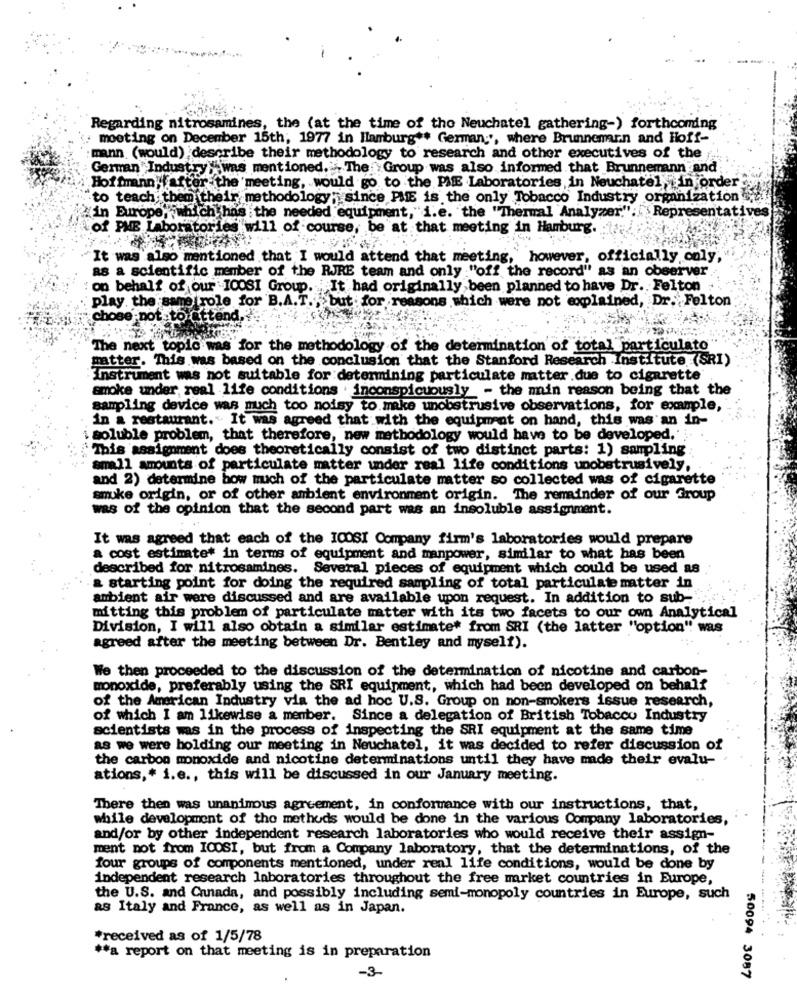
Regarding nitrosamines, the (at the time of tho Neuchatel gathering-) forthcoming
moeting on December 15th; 1977 in Hamburg ** Germany", where Brunnenarn and Hoff-
mann (would) describe their methodology to research and other executives of the
German Industry " was mentioned. The Group was also informed that Brunnemann and
Hoffmann; fafter the meeting, would go to the PME Laboratories in Neuchatel, in order
to teach them their methodology; since PME is the only Tobacco Industry organization
in Europe, which has the needed equipment,"i.e. the "Thermal Analyzer.": ' Representat
of PME Laboratories will of course, be at that meeting in Hamburg.
It was also mentioned that I would attend that meeting, however, officially only,
as a scientific member of the RJRE team and only "off the record" as an observer
on behalf of our ICOSI Group. It had originally been planned to have Dr .. Felton
asons which were not complained, Dr. Felton
play the same role for B.A.T ., but for
chose not to attend.
The next topic was for the methodology of the determination of total particulato"
matter. This was based on the conclusion that the Stanford Research Institute (SRI)
Instrument was not suitable for determining particulate matter.due to cigarette
smoke under, real life conditions . inconspicuously - the min reason being that the
sampling device was much too noisy to make unobstrusive observations, for example,
in a restaurant." It was agreed that with the equipment on hand, this was an in-
soluble problem, that therefore, new methodology would have to be developed."
"This assignment does theoretically consist of two distinct parts: 1) sampling
small amounts of particulate matter under real life conditions unobstrusively,
and 2) determine how much of the particulate matter so collected was of cigarette
smoke origin, or of other ambient environment origin. The remainder of our Group
was of the opinion that the second part was an insoluble assignment.
It was agreed that each of the ICOSI Company firm's laboratories would prepare
a cost estimate* in terms of equipment and manpower, similar to what has been
described for nitrosamines. Several pieces of equipment which could be used as
& starting point for doing the required sampling of total particulate matter in
ambient air were discussed and are available upon request. In addition to sub-
mitting this problem of particulate matter with its two facets to our own Analytical
Division, I will also obtain a similar estimate* from SRI (the latter "option" was
agreed after the meeting between Dr. Bentley and myself).
We then proceeded to the discussion of the determination of nicotine and carbon-
monoxide, preferably using the SRI equipment, which had been developed on behalf
of the American Industry via the ad hoc U.S. Group on non-smokers issue research,
of which I am likewise a member. Since a delegation of British Tobacco Industry
scientists was in the process of inspecting the SRI equipment at the same time
as we were holding our meeting in Neuchatel, it was decided to refer discussion of
the carbon monoxide and nicotine determinations until they have made their evalu-
ations ,* i.e ., this will be discussed in our January meeting.
There then was unanimous agreement, in conformance with our instructions, that,
while development of the methods would be done in the various Company laboratories,
and/or by other independent research laboratories who would receive their assign-
ment not from ICOSI, but from a Company laboratory, that the determinations, of the
four groups of components mentioned, under real life conditions, would be done by
independent research laboratories throughout the free market countries in Europe,
the U.S. and Canada, and possibly including semi-monopoly countries in Europe, such
as Italy and France, as well as in Japan.
*received as of 1/5/78
** a report on that meeting is in preparation
-3-
50094 3087